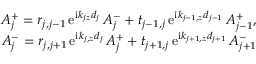
\begin{array} { r } { A _ { j } ^ { + } = r _ { j , j - 1 } \, \mathrm { e } ^ { \mathrm { i } k _ { j z } d _ { j } } \, A _ { j } ^ { - } + t _ { j - 1 , j } \, \mathrm { e } ^ { \mathrm { i } k _ { { j - 1 } , z } d _ { j - 1 } } \, A _ { j - 1 } ^ { + } , } \\ { A _ { j } ^ { - } = r _ { j , j + 1 } \, \mathrm { e } ^ { \mathrm { i } k _ { j , z } d _ { j } } \, A _ { j } ^ { + } + t _ { j + 1 , j } \, \mathrm { e } ^ { \mathrm { i } k _ { { j + 1 } , z } d _ { j + 1 } } \, A _ { j + 1 } ^ { - } } \end{array}